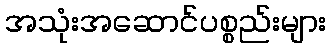
အသုံးအဆောင်ပစ္စည်းများ